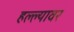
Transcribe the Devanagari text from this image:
हल्ल्यावर